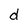
Character: d